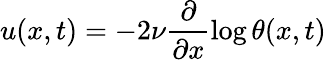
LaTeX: u(x,t)=-2\nu\frac{\partial}{\partial x}\log\theta(x,t)